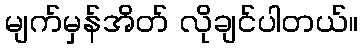
မျက်မှန်အိတ် လိုချင်ပါတယ်။